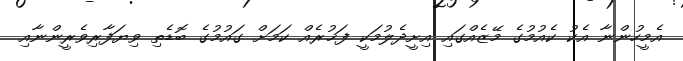
އެމީހުންނާ އެކު ކެއުމުގެ މޭޒެއްގައި އިށީދެލުމަކީ ފަޚުރެއް ކަމަށް ގައުމުގެ ބޮޑެތި ވިޔަފާރިވެރީންނާއި